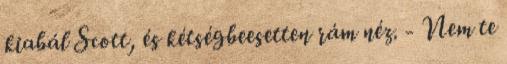
kiabál Scott, és kétségbeesetten rám néz. - Nem te